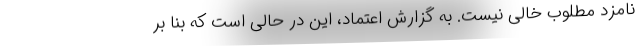
نامزد مطلوب خالی نیست. به گزارش اعتماد، این در حالی است که بنا بر